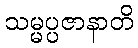
သမ္မပ္ပဇာနာတိ